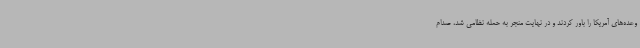
وعده‌های آمریکا را باور کردند و در نهایت منجر به حمله نظامی شد، صدام